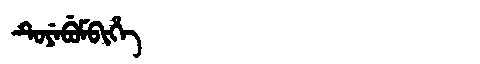
Manchu: ᡨᡠᠶᡝᠪᡠᠮᠪᡳᡥᡝ
Romanization: TUYEBUMBIHE